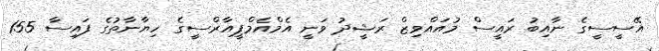
އޭސީސީގެ ނާއިބު ރައީސް މުއައްވިޒް ރަޝީދު ވަނީ އެމްއެމްޕީއާރްސީގެ ހިޔާނާތުގެ ފައިސާ 155